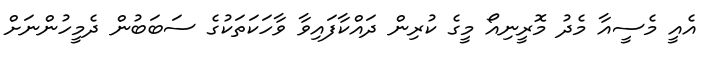
އެއީ މެސީއާ މެދު މޮރީނިއޯ މީގެ ކުރިން ދައްކާފައިވާ ވާހަކަތަކުގެ ސަބަބުން ދެމީހުންނަށް